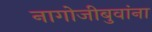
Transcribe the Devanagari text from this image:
नागोजीबुवांना